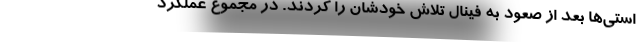
استی‌ها بعد از صعود به فینال تلاش خودشان را کردند. در مجموع عملکرد